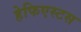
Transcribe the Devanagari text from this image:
हेफिएस्टस